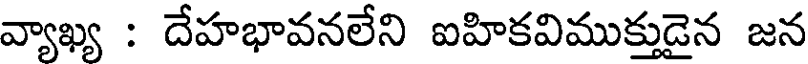
వ్యాఖ్య : దేహభావనలేని ఐహికవిముక్తుడైన జన